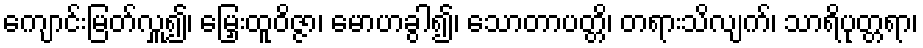
ကျောင်းမြတ်လှူ၍၊ မြှေးထူဝိဇ္ဇာ၊ မောဟခွါ၍၊ သောတာပတ္တိ၊ တရားသိလျက်၊ သာရိပုတ္တရာ၊